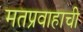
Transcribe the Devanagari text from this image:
मतप्रवाहाची